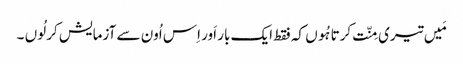
مَیں تیری مِنّت کرتا ہُوں کہ فقط ایک بار اَور اِس اُون سے آزمایش کر لُوں ۔